Vaccination in Bombay 1856-1862 - 1856-1862
Year: 1856
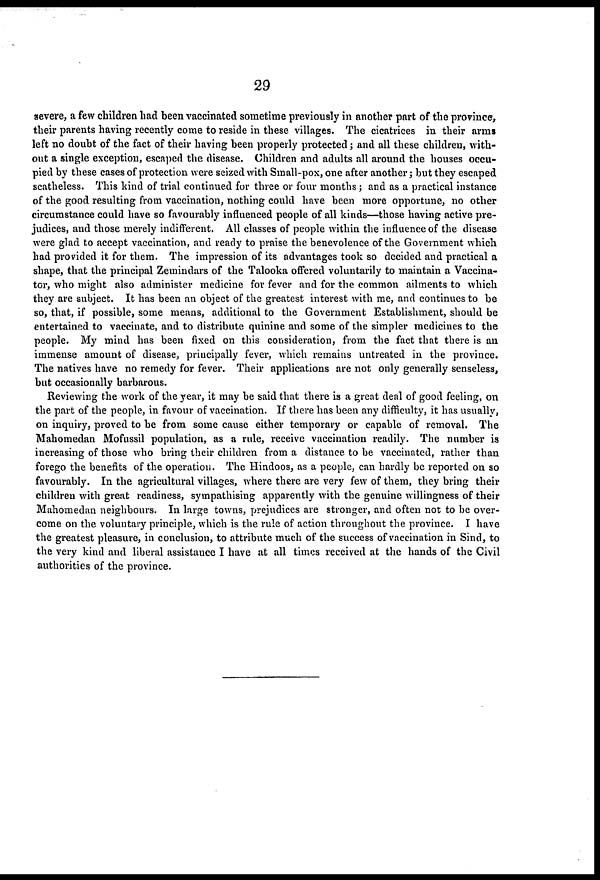
29
severe, a few children had been vaccinated sometime previously in another part of the province,
their parents having recently come to reside in these villages. The cicatrices in their arms
left no doubt of the fact of their having been properly protected; and all these children, with-
out a single exception, escaped the disease. Children and adults all around the houses occu-
pied by these cases of protection were seized with Small-pox, one after another; but they escaped
scatheless. This kind of trial continued for three or four months; and as a practical instance
of the good resulting from vaccination, nothing could have been more opportune, no other
circumstance could have so favourably influenced people of all kinds—those having active pre-
judices, and those merely indifferent. All classes of people within the influence of the disease
were glad to accept vaccination, and ready to praise the benevolence of the Government which
had provided it for them. The impression of its advantages took so decided and practical a
shape, that the principal Zemindars of the Talooka offered voluntarily to maintain a Vaccina¬
tor, who might also administer medicine for fever and for the common ailments to which
they are subject. It has been an object of the greatest interest with me, and continues to be
so, that, if possible, some means, additional to the Government Establishment, should be
entertained to vaccinate, and to distribute quinine and some of the simpler medicines to the
people. My mind has been fixed on this consideration, from the fact that there is an
immense amount of disease, principally fever, which remains untreated in the province.
The natives have no remedy for fever. Their applications are not only generally senseless,
but occasionally barbarous.
Reviewing the work of the year, it may be said that there is a great deal of good feeling, on
the part of the people, in favour of vaccination. If there has been any difficulty, it has usually,
on inquiry, proved to be from some cause either temporary or capable of removal. The
Mahomedan Mofussil population, as a rule, receive vaccination readily. The number is
increasing of those who bring their children from a distance to be vaccinated, rather than
forego the benefits of the operation. The Hindoos, as a people, can hardly be reported on so
favourably. In the agricultural villages, where there are very few of them, they bring their
children with great readiness, sympathising apparently with the genuine willingness of their
Mahomedan neighbours. In large towns, prejudices are stronger, and often not to be over-
come on the voluntary principle, which is the rule of action throughout the province. I have
the greatest pleasure, in conclusion, to attribute much of the success of vaccination in Sind, to
the very kind and liberal assistance I have at all times received at the hands of the Civil
authorities of the province.